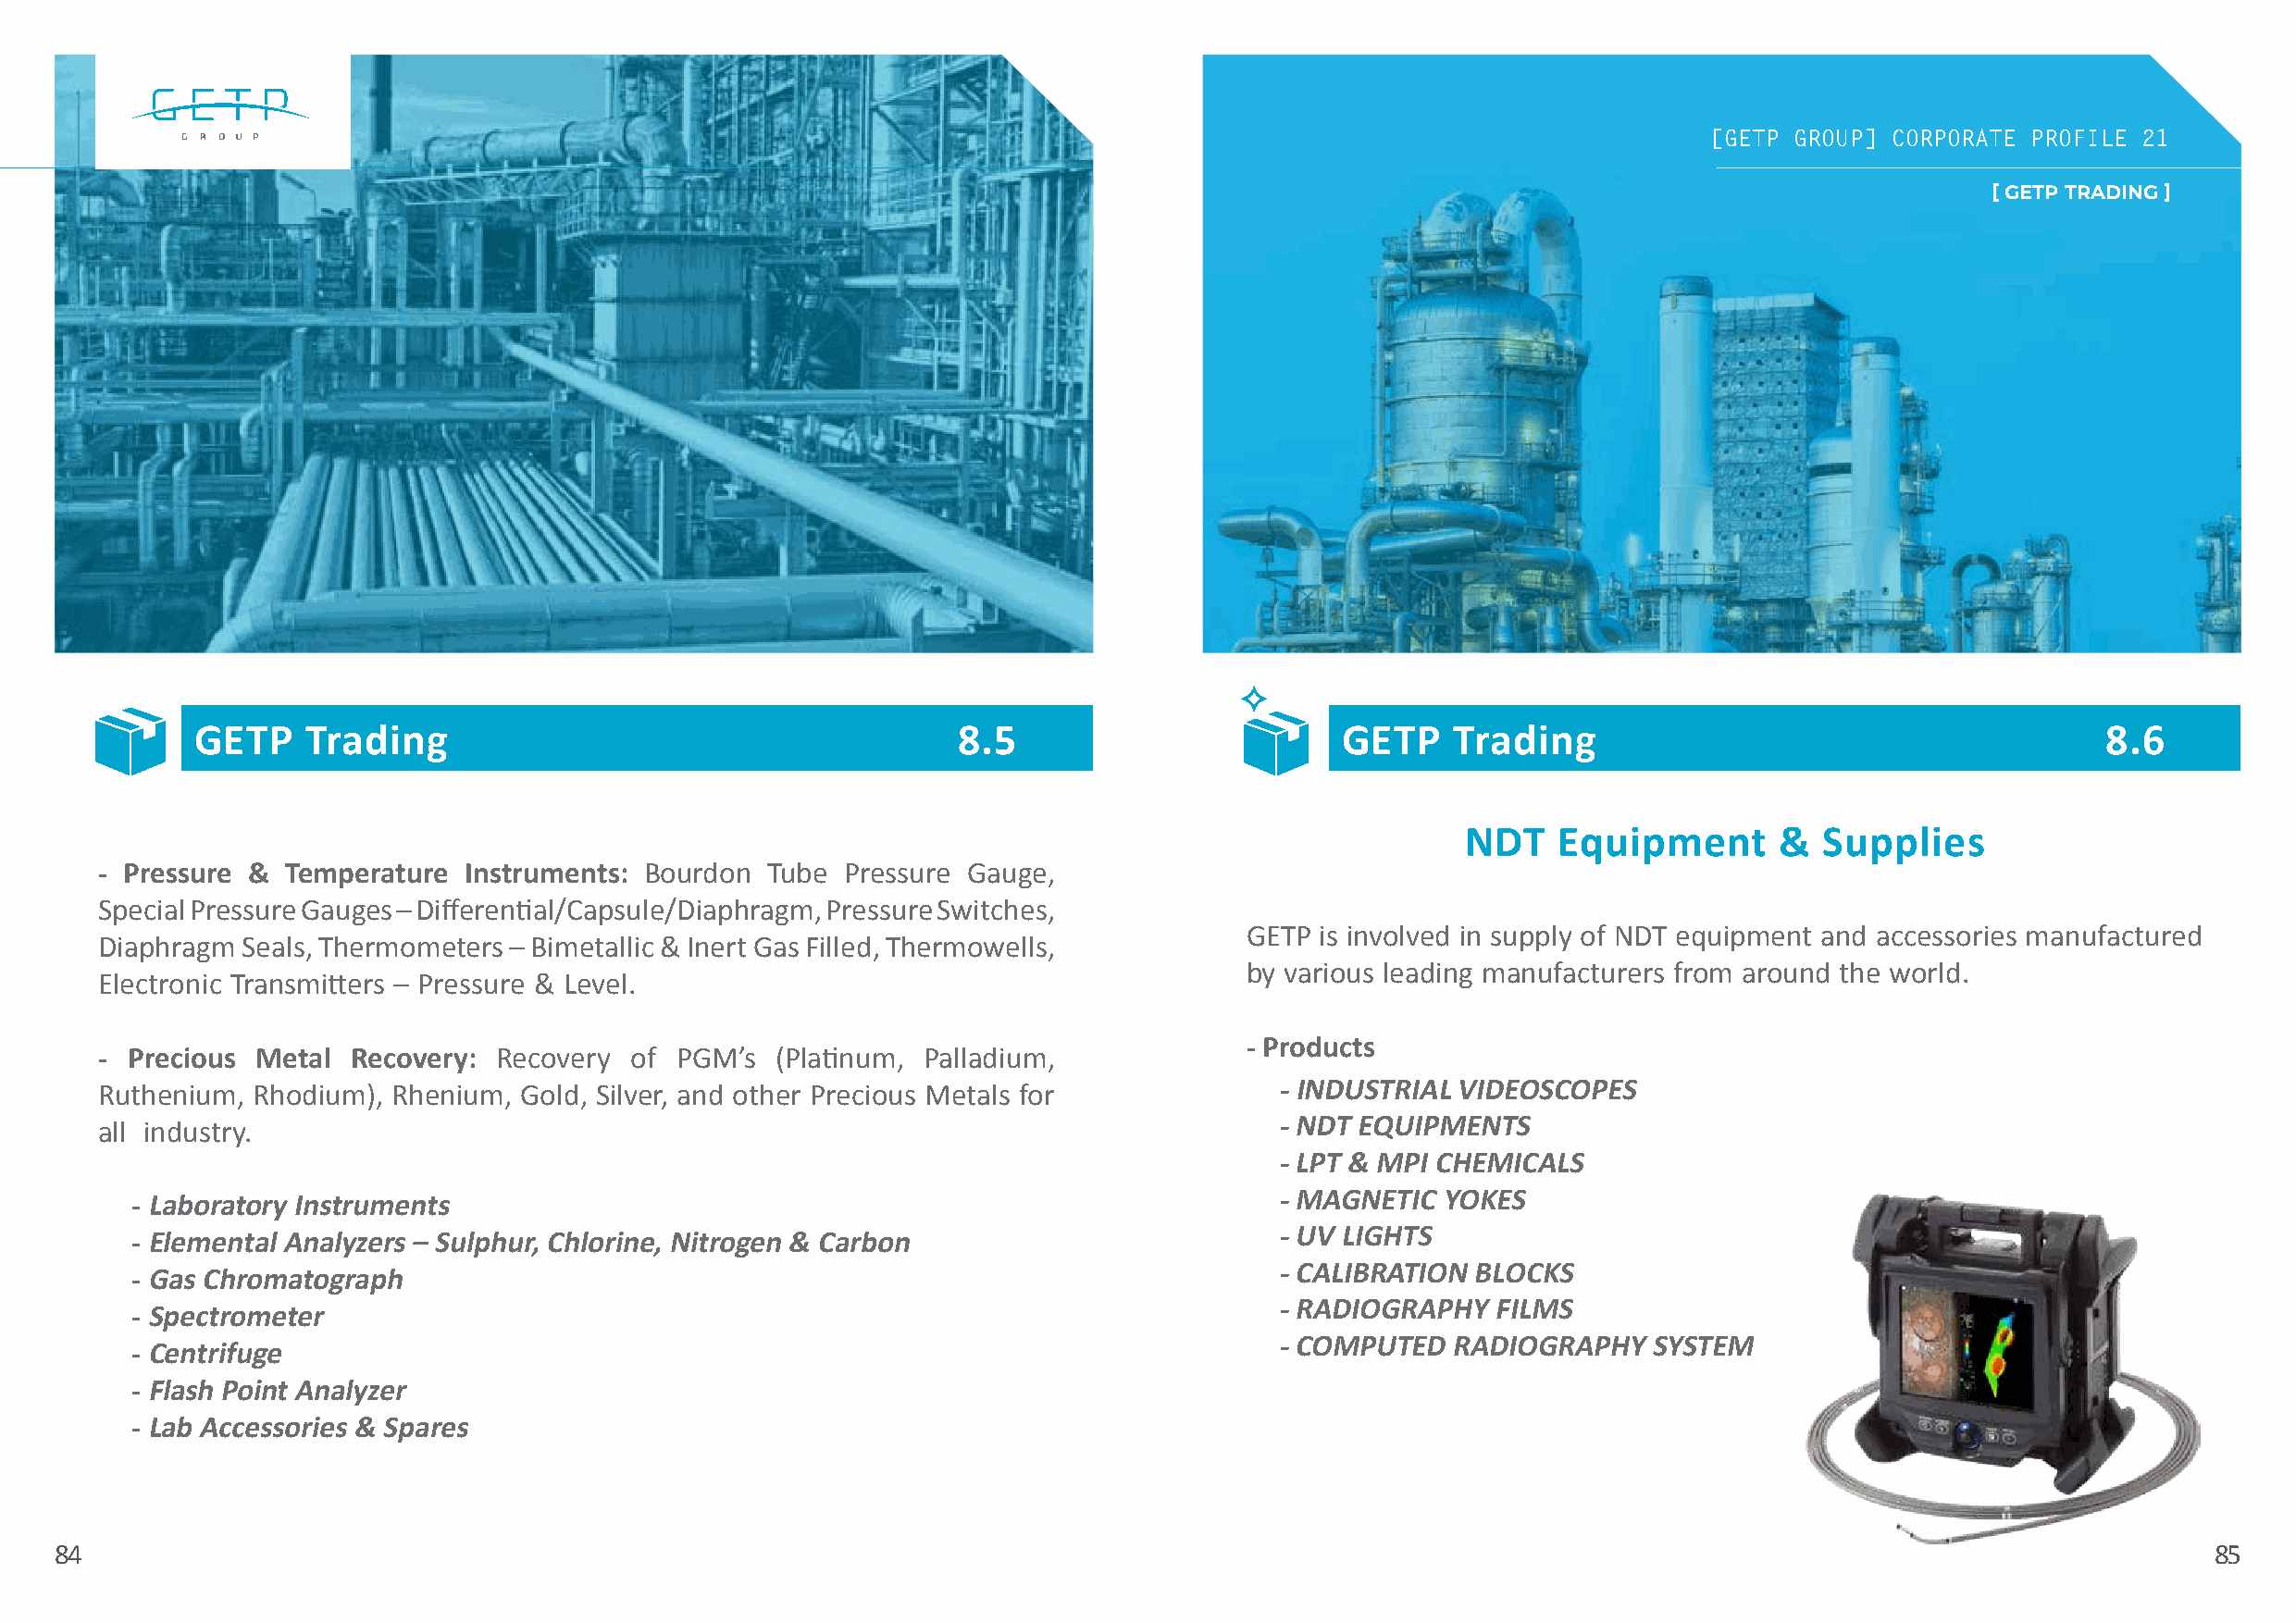
[[GGEETTPP GGRROOUUPP]] CCOORRPPOORRAATTEE PPRROOFFIILLEE 2211
 [ GETP TRADING ]
 GETP    Trading                                        8.5                        GETP    Trading                                        8.6
 NDT   Equipment       &  Supplies
 - Pressure & Temperature  Instruments: Bourdon  Tube Pressure Gauge,
 Special Pressure Gauges – Differential/Capsule/Diaphragm, Pressure Switches,
 GETP is involved in supply of NDT equipment and accessories manufactured
 Diaphragm Seals, Thermometers – Bimetallic & Inert Gas Filled, Thermowells,
 by various leading manufacturers from around the world.
 Electronic Transmitters – Pressure & Level.
 - Products
 - Precious Metal  Recovery:  Recovery of PGM’s  (Platinum, Palladium,
 Ruthenium, Rhodium), Rhenium, Gold, Silver, and other Precious Metals for           - INDUSTRIAL VIDEOSCOPES
 all industry.                                                                       - NDT EQUIPMENTS
 - LPT & MPI CHEMICALS
 - MAGNETIC  YOKES
 - Laboratory Instruments
 - UV LIGHTS
 - Elemental Analyzers – Sulphur, Chlorine, Nitrogen & Carbon
 - CALIBRATION BLOCKS
 - Gas Chromatograph
 - RADIOGRAPHY   FILMS
 - Spectrometer
 - COMPUTED   RADIOGRAPHY   SYSTEM
 - Centrifuge
 - Flash Point Analyzer
 - Lab Accessories & Spares
 84                                                                                                                                                        85